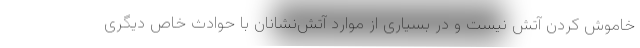
خاموش کردن آتش نیست و در بسیاری از موارد آتش‌نشانان با حوادث خاص دیگری